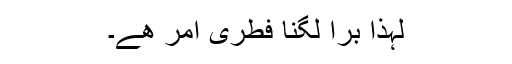
لہٰذا برا لگنا فطری امر ھے۔